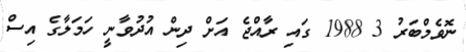
ނޮވެމްބަރު 3 1988 ގައި ރާއްޖެ އަށް ދިން އުދުވާނީ ހަމަލާގެ އިސް